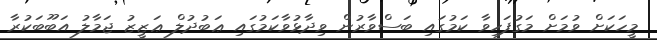
މީހަކަށް ވުމަށް މަގުފަހިވާ ކަމުގައި ބަސްވާރުން ވިދާޅުވާކަމުގައި ޢަބުދުލް ޢަޒީޒު ޖަމާލު އަބޫބަކުރާ